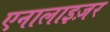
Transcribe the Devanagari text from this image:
एनालाइज़र